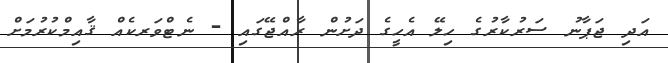
އަދި ޖަޕާނު ސަރުކާރުގެ ހިލޭ އެހީގެ ދަށުން ރާއްޖޭގައި - ނެޓްވަރކެއް ޤާއިމްކުރުމަށް